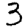
Digit: 3